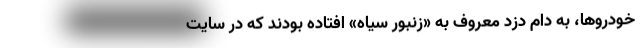
خودروها، به دام دزد معروف به «زنبور سیاه» افتاده بودند که در سایت